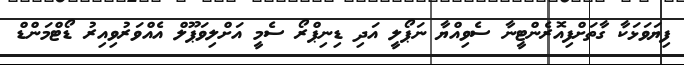
ފިޔަވަޅަކާ ގާތަށްފިއޮރެންޓީނާ ސެވިއްޔާ ނަޕޯލީ އަދި ޑިނިޕްރޯ ސެމީ އަށްލިވަޕޫލް އެއްވަރުވިއިރު ޑޯޓްމަންޑް